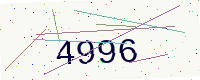
Text: 4996